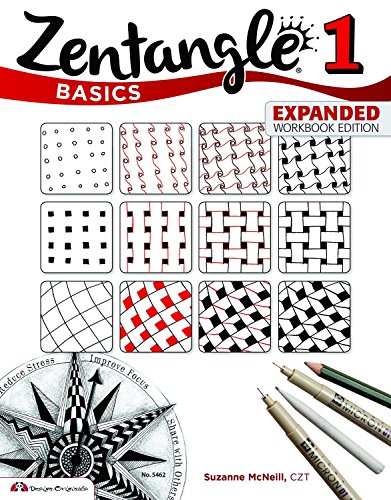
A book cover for Zentangle Basics, Expanded Workbook Edition: A Creative Art Form Where All You Need is Paper, Pencil & Pen; Suzanne McNeill  CZT; Crafts, Hobbies & Home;